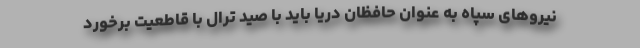
نیروهای سپاه به عنوان حافظان دریا باید با صید ترال با قاطعیت برخورد